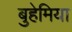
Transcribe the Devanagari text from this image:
बुहेमिया